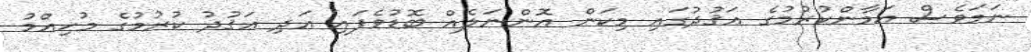
ނަމަވެސް އަމާންކުރުމުގެ ޢަޤުދުގައި މިކަން އޮންނަލެއް ބޮޑުވެފައި އަދި ޢަޤުދު ކުރުމުގެ މުހިއްމު